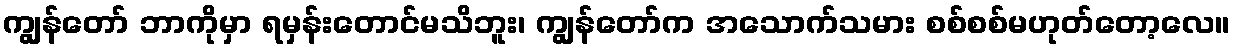
ကျွန်တော် ဘာကိုမှာ ရမှန်းတောင်မသိဘူး၊ ကျွန်တော်က အသောက်သမား စစ်စစ်မဟုတ်တော့လေ။